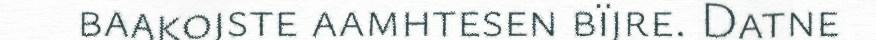
baakojste aamhtesen bïjre. Datne